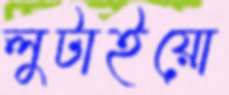
লুটাইয়ো